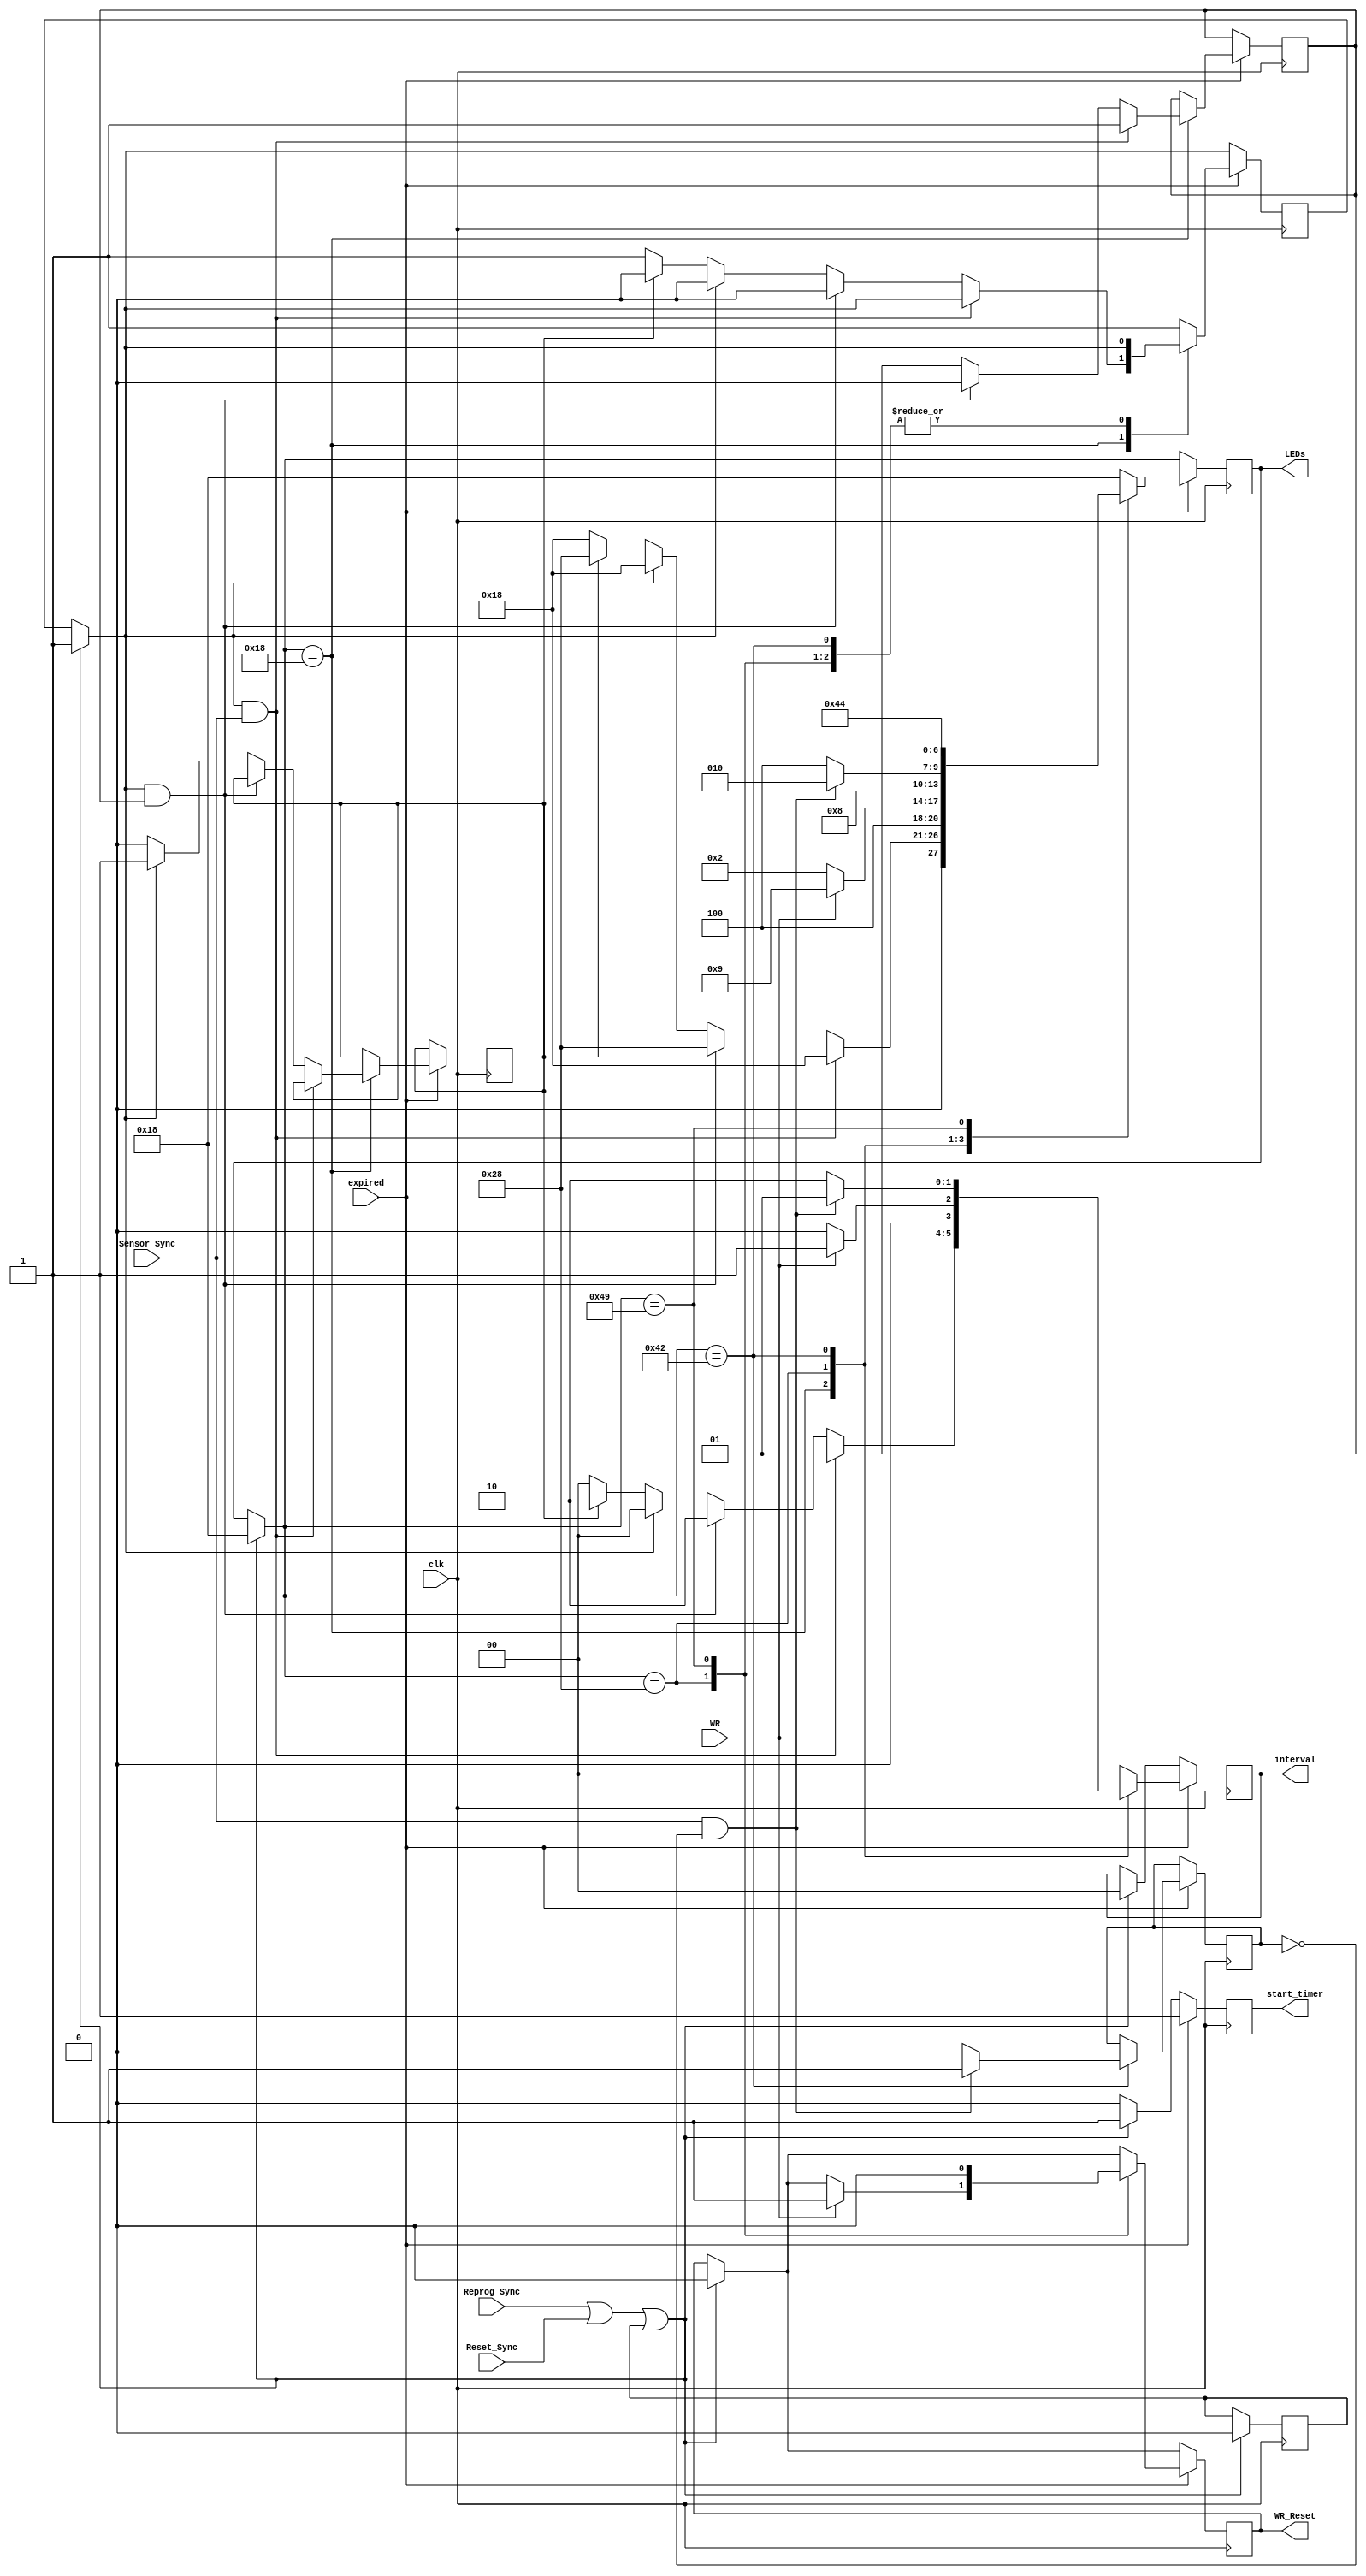
`timescale 1us / 1ns
//`timescale 1ns / 1ps

module FSM(
    input Sensor_Sync,
    input WR,
    input expired,
    input Reprog_Sync,
	input Reset_Sync,
	input clk,
	output reg WR_Reset,
    output reg [6:0] LEDs,
    output reg [1:0] interval,
    output reg start_timer
    );
	 
	 localparam tb = 2'b00,//tBASE
					te = 2'b01,//tEXT
					ty = 2'b10,//tYEL
					tbx2 = 2'b11;//2*tBASE
					
	 reg main_tb;
	 reg main_2tb;
	 reg side_detected;
	 reg side_ext;
	 reg first;
	 // MAIN LIGHTS | SIDE LIGHTS | WALK LAMP
	 
	 localparam A = 7'b0011000, // 001 100 0 main green | side red | walk off
					B = 7'b0101000, // 010 100 0 main yellow | side red | walk off
					C = 7'b1000010, // 100 001 0 main red | side green | walk off
					D = 7'b1000100, // 100 010 0 main red | side yellow | walk off/
					E = 7'b1001001, // 001 100 0 main red | side red | walk on
	                F = 7'b0000000; // all LEDS off testing
	 initial begin
        main_tb = 0; // variable to check if tb time spent on main green
        main_2tb = 0;
        // initialize values
        LEDs = A;
        side_detected = 0;
        interval = tb;
        WR_Reset = 0;
        side_ext = 0;
        //start_timer = 1;
        first = 1;
        //senseOneTime = 1;
     end
     
     always@(posedge clk) 
		begin
		
		start_timer = 0;
		if (Reprog_Sync | Reset_Sync | first) begin
			LEDs = A;
			interval = tb;
			main_tb=1;
			WR_Reset = 0;
			start_timer = 1;
			first = 0;
			//senseOneTime = 1;
        end
        if (expired) 
			begin
				case (LEDs)
					A: begin
					   if (main_tb & Sensor_Sync) begin
					       // check if sensor activated
					           interval = te;
					           //LEDs=F;
					           LEDs=A;
					           start_timer=1;
					           //main_tb=1;
					           side_detected = 1;
					   end
					   else if (main_tb & side_detected) begin
					       // main (main becomes 0 in the first if) was green for tb and side detected 
					       interval = ty;
					       //LEDs=F;
                           LEDs=B;
                           start_timer=1;
                           main_tb=0;
                           side_detected =0;
					   end
					   else if (main_tb) begin
					       // main was green for tb and sensor was not triggered
					       interval <= tb;
					       //LEDs=F;
					       start_timer<=1;
                           main_tb<=0;
                           main_2tb<=1;
                           LEDs<=A; // stay on for one more tb length
					   end
					   else if (main_2tb) begin
					       // main was green for 2*tb
					       interval = ty;
					       LEDs=F;
                           LEDs=B; // switch to main yello state
                           start_timer<=1;
                           main_2tb=0;
					   end
					   else if (~main_tb) begin
					       interval = tb;
					       LEDs=F;
                           LEDs=A;
                           start_timer=1;
                           main_tb=1;
					   end
					end   
					B: begin
					   if (WR) begin
					       //LEDs=F;
					       LEDs = E;
                           interval = te;
                           start_timer = 1;
                           WR_Reset = 1;
					   end
					   else begin
					       //LEDs=F;
					       LEDs = C;
					       interval = tb;
					       start_timer = 1;
					   end
					end
					C: begin
					   if (Sensor_Sync & ~side_ext) begin
					       interval = te;
					       LEDs=F;
					       LEDs=C;
					       start_timer=1;
					       side_ext = 1;
					   end
					   else begin
					       side_ext = 0;
					       interval = ty;
					       LEDs=F;
					       LEDs = D;
					       start_timer=1;
					   end
					end   
					D: begin
							LEDs = A;
							interval = tb;
							start_timer = 1;
							main_tb=1;
						end
					E: begin
					        LEDs=F;
							LEDs = D; // was C
							interval = tb;
							start_timer = 1;
							WR_Reset = 0;
						end
					default : 
							begin
							LEDs=F;
							LEDs = A;
							interval = tb;
							main_tb = 1;
							start_timer = 1;
							end
				endcase
			end
		end
endmodule
	 /*always@(posedge clk) 
		begin
		
		start_timer = 0;
		if (Reprog_Sync | Reset_Sync) begin
			LEDs = A;
			interval = tbx2;
			WR_Reset = 0;
			start_timer = 1;
			senseOneTime = 1;
			end
		if (expired) 
			begin
				case (LEDs)
					A: begin
							if (deviate) begin
								if (Sensor_Sync & senseOneTime)begin
									LEDs = A;
									interval = te;
									start_timer = 1;
									senseOneTime = 0;
 								end
								else begin
									LEDs = A;
									interval = tb;
									start_timer = 1;
								end
								deviate = 0;
							end
							
							else begin	
								LEDs = B;
								interval = ty;
								start_timer = 1;
							end
						end
					
					B:	begin
							if (WR) begin
								LEDs = E;
								interval = te;
								start_timer = 1;
								WR_Reset = 1;
							end
							else begin
								LEDs = C;
								interval = tb;
								start_timer = 1;
							end
							senseOneTime = 1;
						end
					C: begin
							if (Sensor_Sync & senseOneTime) begin
								LEDs = C;
								interval = te;
								start_timer = 1;
								senseOneTime = 0;
							end
							else begin
								LEDs = D;
								interval = ty;
								start_timer = 1;
								senseOneTime = 1;
							end
						end
					D: begin
							LEDs = A;
							interval = tb;
							start_timer = 1;
							deviate = 1;
							senseOneTime = 1;
						end
					E: begin
							LEDs = C;
							interval = tb;
							start_timer = 1;
							WR_Reset = 0;
						end
					default : 
							begin
							LEDs = A;
							interval = tb;
							deviate = 1;
							start_timer = 1;
							end
				endcase
		
		end
		end*/
	
	

//endmodule